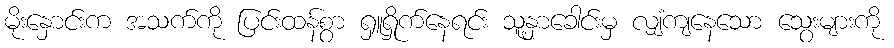
မိုးနှောင်းက အသက်ကို ပြင်းထန်စွာ ရှူရှိုက်နေရင်း သူ့နှာခေါင်းမှ လျှံကျနေသော သွေးများကို